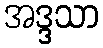
အဒ္ဒသာ